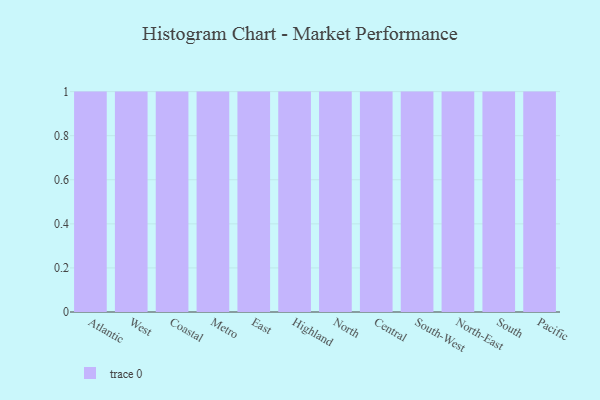
{"axis": {"x": "Region", "y": "LTV (USD)"}, "legend": [""], "data": [{"x": "Atlantic", "y": 48, "type": ""}, {"x": "West", "y": 91, "type": ""}, {"x": "Coastal", "y": 81, "type": ""}, {"x": "Metro", "y": 32, "type": ""}, {"x": "East", "y": 56, "type": ""}, {"x": "Highland", "y": 35, "type": ""}, {"x": "North", "y": 67, "type": ""}, {"x": "Central", "y": 88, "type": ""}, {"x": "South-West", "y": 10, "type": ""}, {"x": "North-East", "y": 68, "type": ""}, {"x": "South", "y": 18, "type": ""}, {"x": "Pacific", "y": 29, "type": ""}]}